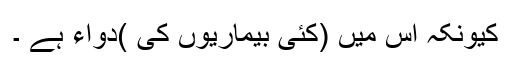
کیونکہ اس میں (کئی بیماریوں کی )دواء ہے ۔